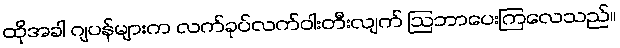
ထိုအခါ ဂျပန်များက လက်ခုပ်လက်ဝါးတီးလျက် ဩဘာပေးကြလေသည်။